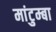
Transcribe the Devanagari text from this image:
मांटुम्बा